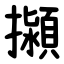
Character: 㩩